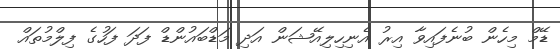
ޑޭމް މިހެން ބުނެފައިވާ އިރު އެނިހިލިއޭޝަން އަދި މަޑްބައުންޑް ފަދަ ފަހުގެ ފިލްމުތައް